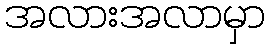
အလားအလာမှာ